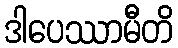
ဒါပေဿာမီတိ